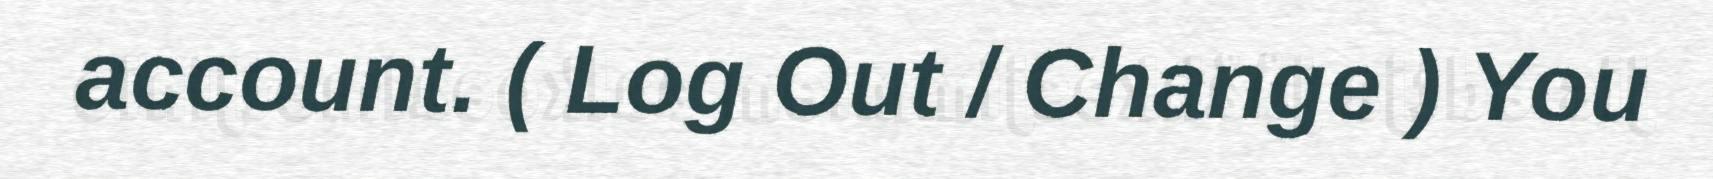
account. ( Log Out / Change ) You